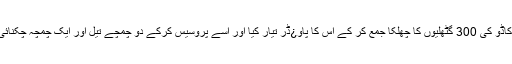
ماہرین نے ایواکاڈو کی 300 گٹھلیوں کا چھلکا جمع کر کے اس کا پاو¿ڈر تیار کیا اور اسے پروسیس کرکے دو چمچے تیل اور ایک چمچہ چکنائی میں تبدیل کیا۔